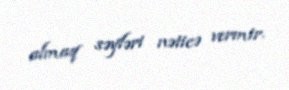
almaq səyləri nəticə vermir.